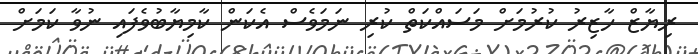
ރިޔާޒް ހާޒިރު ކުރުމަށް މަސައްކަތް ކުރި ނަމަވެސް އެކަން ކާމިޔާބުވެފައި ނުވާ ކަމަށް